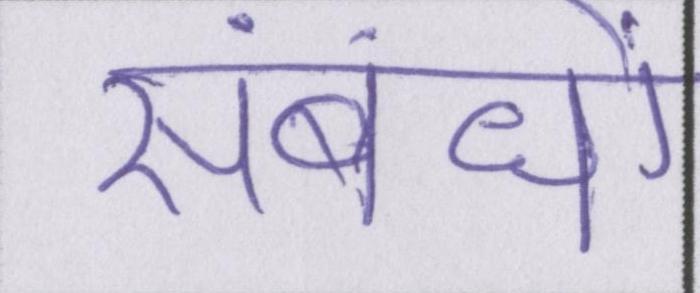
संबंधों